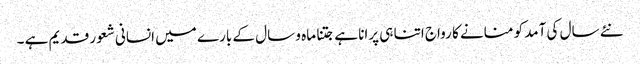
نئے سال کی آمد کو منانے کا رواج اتنا ہی پرانا ہے جتنا ماہ و سال کے بارے میں انسانی شعور قدیم ہے ۔